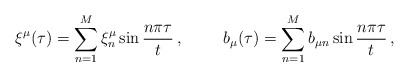
\begin{align*}\xi^\mu (\tau) = \sum^M_{n=1} \xi^\mu_n \sin \frac{n\pi\tau}{t}\, , \hspace{1cm}b_\mu(\tau) = \sum^M_{n=1} b_{\mu n} \sin \frac{n\pi\tau}{t} \, ,\end{align*}